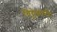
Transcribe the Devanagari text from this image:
चिट्ठेकारी